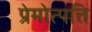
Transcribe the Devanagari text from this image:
प्रेमोत्पत्ति